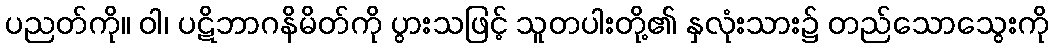
ပညတ်ကို။ ဝါ၊ ပဋိဘာဂနိမိတ်ကို ပွားသဖြင့် သူတပါးတို့၏ နှလုံးသား၌ တည်သောသွေးကို